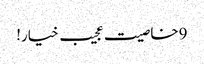
9خاصیت عجیب خیار!